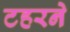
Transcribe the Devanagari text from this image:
टहरने